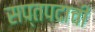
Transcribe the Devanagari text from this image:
सप्तपदाची